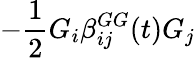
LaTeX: -\frac{1}{2}G_{i}\beta_{ij}^{GG}(t)G_{j}